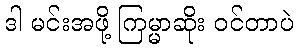
ဒါ မင်းအဖို့ ကြမ္မာဆိုး ဝင်တာပဲ